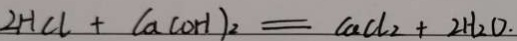
2 H C l + C a ( O H ) _ { 2 } = C a C l _ { 2 } + 2 H _ { 2 } O .